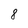
Character: 8